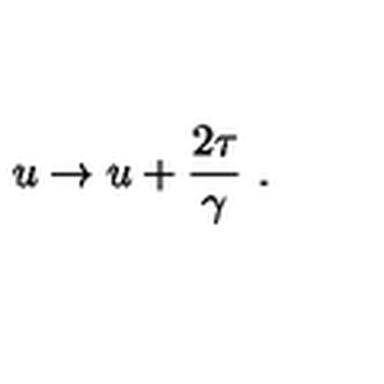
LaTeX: u \to u + { \frac { 2 \tau } { \gamma } } \ .